Report of the Hyderabad Chloroform Commission
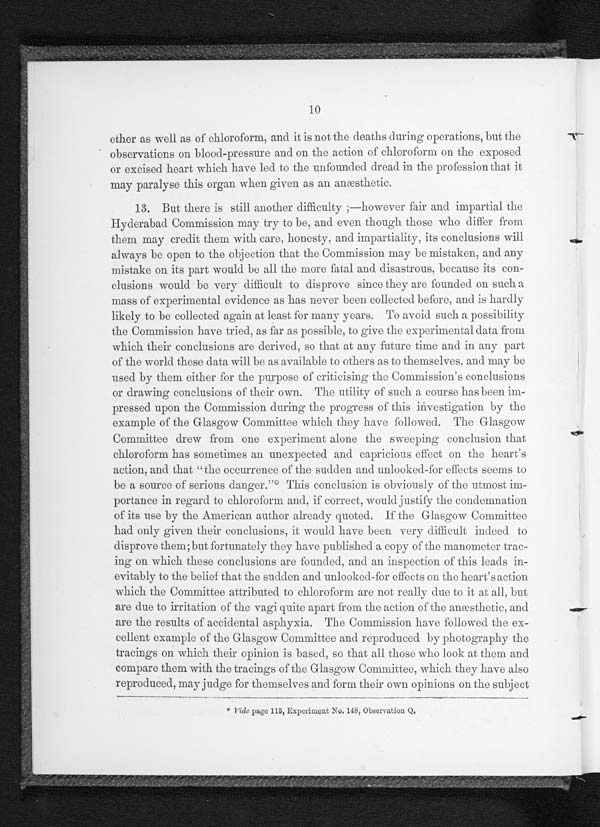
10
ether as well as of chloroform, and it is not the deaths during operations, but the
observations on blood-pressure and on the action of chloroform on the exposed
or excised heart which have led to the unfounded dread in the profession that it
may paralyse this organ when given as an anæsthetic.
13. But there is still another difficulty ;—however fair and impartial the
Hyderabad Commission may try to be, and even though those who differ from
them may credit them with care, honesty, and impartiality, its conclusions will
always be open to the objection that the Commission may be mistaken, and any
mistake on its part would be all the more fatal and disastrous, because its con-
clusions would be very difficult to disprove since they are founded on such a
mass of experimental evidence as has never been collected before, and is hardly
likely to be collected again at least for many years. To avoid such a possibility
the Commission have tried, as far as possible, to give the experimental data from
which their conclusions are derived, so that at any future time and in any part
of the world these data will be as available to others as to themselves, and may be
used by them either for the purpose of criticising the Commission's conclusions
or drawing conclusions of their own. The utility of such a course has been im-
pressed upon the Commission during the progress of this investigation by the
example of the Glasgow Committee which they have followed. The Glasgow
Committee drew from one experiment alone the sweeping conclusion that
chloroform has sometimes an unexpected and capricious effect on the heart's
action, and that “ the occurrence of the sudden and unlooked-for effects seems to
be a source of' serious danger.”‫٭٭‬ This conclusion is obviously of the utmost im-
portance in regard to chloroform and, if correct, would justify the condemnation
of its use by the American author already- quoted. If the Glasgow Committee
had only given their conclusions, it would have been very difficult indeed to
disprove them; but fortunately they have published a copy of the manometer trac-
ing on which these conclusions are founded, and an inspection of this leads in-
evitably to the belief that the sudden and unlooked-for effects on the heart's action
which the Committee attributed to chloroform are not really due to it at all, but
are due to irritation of the vagi quite apart from the action of the anæsthetic, and
are the results of accidental asphyxia. The Commission have followed the ex-
cellent example of the Glasgow Committee and reproduced by photography the
tracings on which their opinion is based, so that all those who look at them and
compare them with the tracings of the Glasgow Committee, which they have also
reproduced, may judge for themselves and form their own opinions on the subject
* vide page 115, Experiment No. 148, Observation Q,